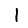
Digit: 1